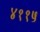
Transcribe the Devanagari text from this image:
४११५